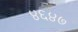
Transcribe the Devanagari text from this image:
४६४७